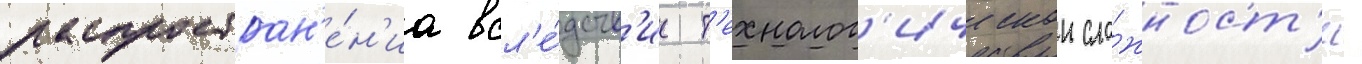
распростран'е́н'иа всл'е́дств'ие т'ехнолог'ическои сло́жност'и